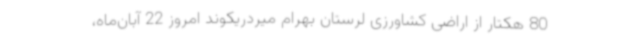
80 هکتار از اراضی کشاورزی لرستان بهرام میردریکوند امروز 22 آبان‌ماه،